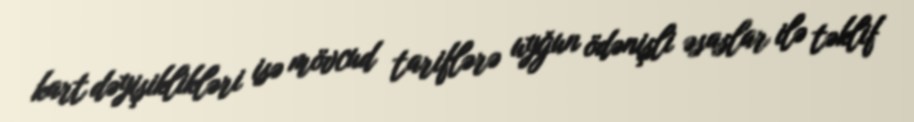
kart dəyişiklikləri isə mövcud tariflərə uyğun ödənişli əsaslar ilə təklif